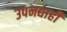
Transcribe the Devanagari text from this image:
उपनद्याही